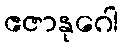
ဧဇာနုဂေါ